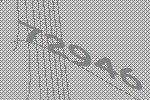
72946